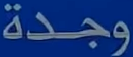
وجدة